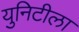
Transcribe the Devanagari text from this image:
युनिटीला